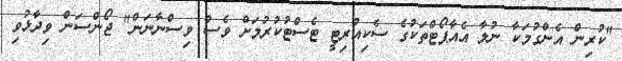
"ކުރިން އެންގުމަކާ ނުލާ އެއާޕޯޓްތަކުގެ ސެކިއުރިޓީ ޓެސްޓުކުރުމަށް ވެސް ވިސްނާނަން" ޖޯންސަން ވިދާޅުވި